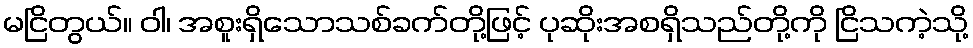
မငြိတွယ်။ ဝါ၊ အစူးရှိသောသစ်ခက်တို့ဖြင့် ပုဆိုးအစရှိသည်တို့ကို ငြိသကဲ့သို့